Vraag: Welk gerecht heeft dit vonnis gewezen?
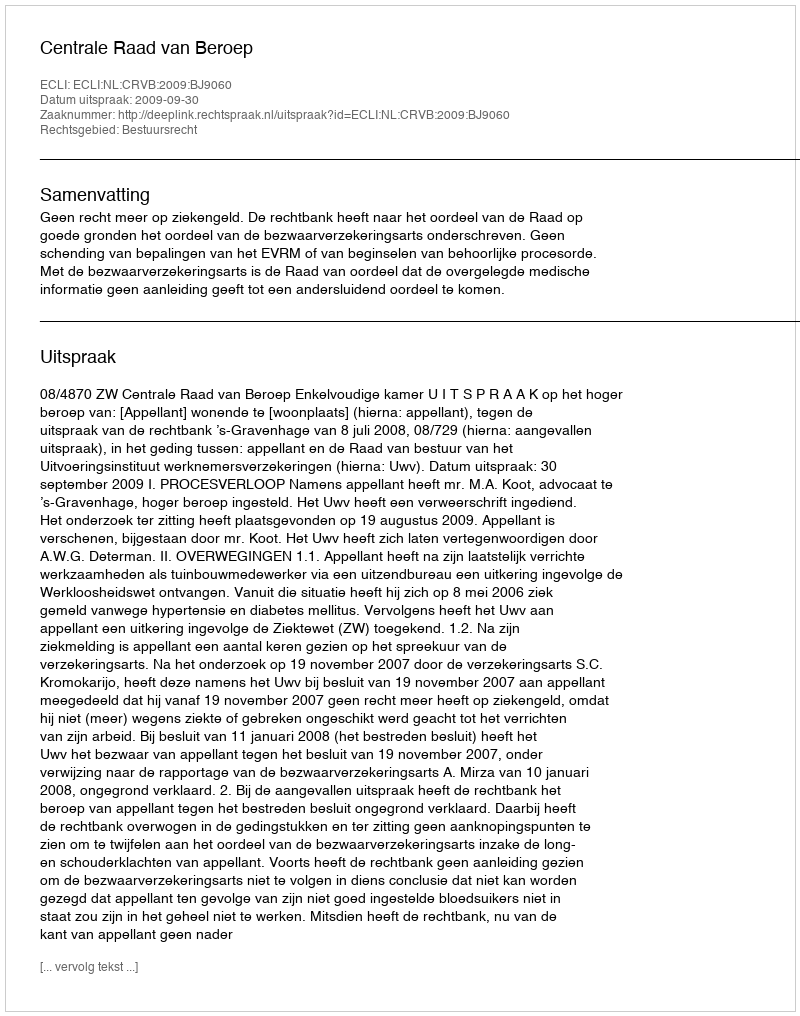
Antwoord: Centrale Raad van Beroep